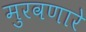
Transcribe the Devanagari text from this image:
मुरवणारे